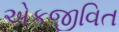
એકજીવિત